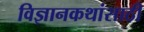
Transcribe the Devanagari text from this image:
विज्ञानकथांसाठी